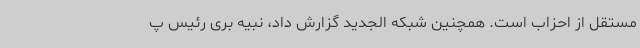
مستقل از احزاب است. همچنین شبکه الجدید گزارش داد، نبیه بری رئیس پ